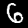
Label: 6